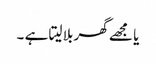
یا مجھے گھر بلا لیتا ہے ۔